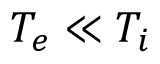
T _ { e } \ll T _ { i }